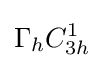
\Gamma _{h}C_{3h}^{1}